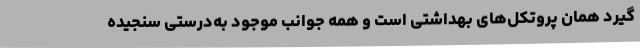
گیرد همان پروتکل‌های بهداشتی است و همه جوانب موجود به‌درستی سنجیده